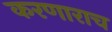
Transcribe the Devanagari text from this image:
करणाराच